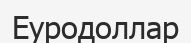
Еуродоллар